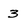
Character: 3